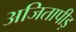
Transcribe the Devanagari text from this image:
अजितापीड़